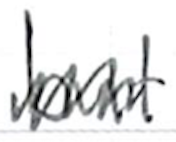
Text: but
Cross-out: zig-zag
Writing tool: ballpoint